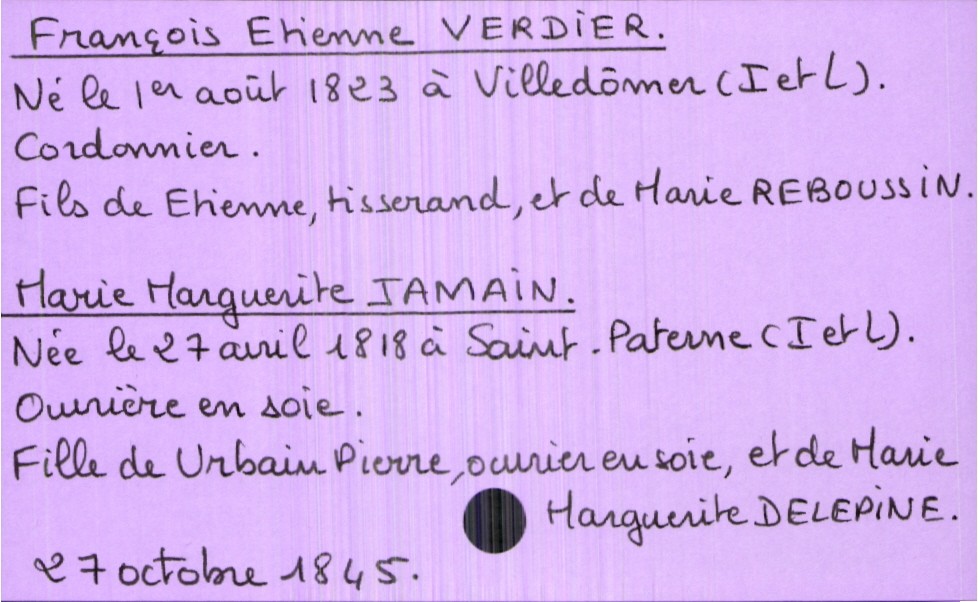
type_acte: Mariage
année: 1845
mois: octobre
jour: 27
marié_nom: Verdier
marié_prénom: François Etienne
marié_profession: cordonnier
marié_date_de_naissance: 1er août 1823
marié_lieu_de_naissance: Villedômer (Indre et Loire)
père_marié_nom: Verdier
père_marié_prénom: Etienne
père_marié_profession: tisserand
mère_marié_nom: Reboussin
mère_marié_prénom: Marie
mariée_nom: Jamain
mariée_prénom: Marie Marguerite
mariée_profession: ouvrière en soie
mariée_date_de_naissance: 27 avril 1818
mariée_lieu_de_naissance: Saint-Paterne (Indre et Loire)
père_mariée_nom: Jamain
père_mariée_prénom: Urbain Pierre
père_mariée_profession: ouvrier en soie
mère_mariée_nom: Delepine
mère_mariée_prénom: Marie Marguerite